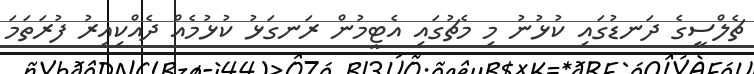
ޗެލްސީގެ ދަނޑުގައި ކުޅުނު މި މެޗުގައި އެޓީމުން ރަނގަޅު ކުޅުމެއް ދެއްކިއިރު ފުރަތަމަ